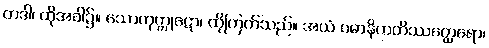
တဒါ၊ ထိုအခါ၌။ သောကုက္ကုဋော၊ ထိုကြက်သည်။ အယံ ပဓာနိကတိဿတ္ထေရော၊